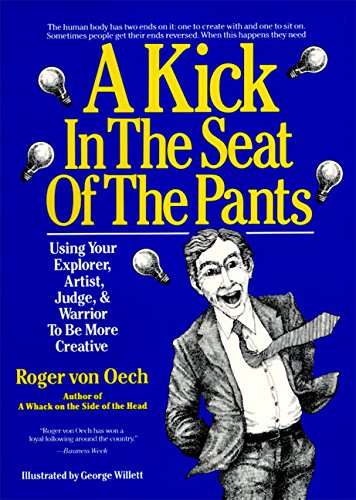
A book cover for A Kick in the Seat of the Pants: Using Your Explorer, Artist, Judge, and Warrior to Be More Creative; Roger Von Oech; Health, Fitness & Dieting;